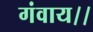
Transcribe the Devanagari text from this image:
गंवाय।।